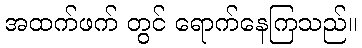
အထက်ဖက် တွင် ရောက်နေကြသည်။